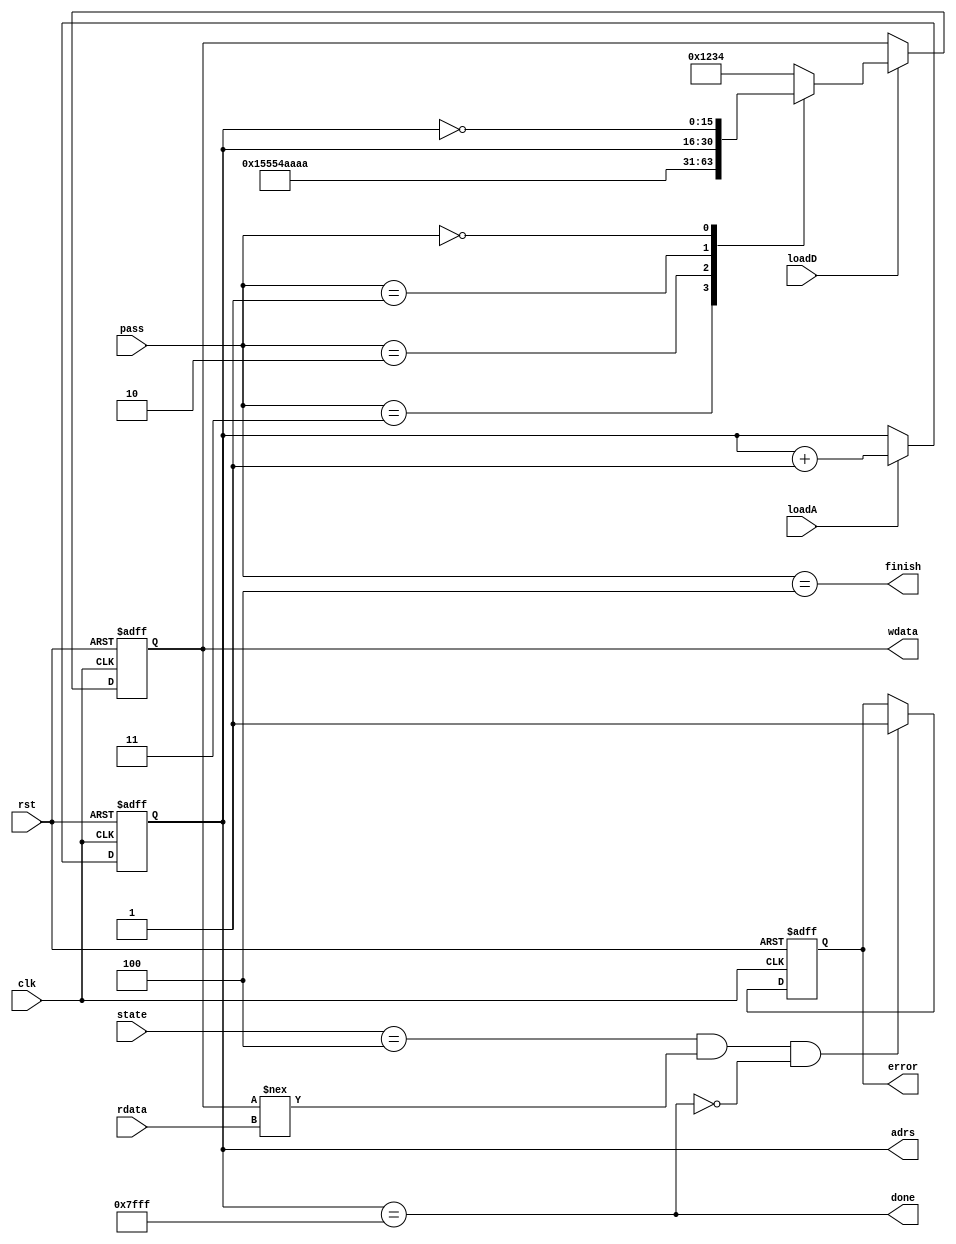
`timescale 1ns / 1ps
//////////////////////////////////////////////////////////////////////////////////
// Company: 
// Engineer: 
// 
// Design Name: 
// Module Name: SuppLogic
// Project Name: 
// Target Devices: 
// Tool Versions: 
// Description: 
// 
// Dependencies: 
// 
// Revision:
// Revision 0.01 - File Created
// Additional Comments:
// 
//////////////////////////////////////////////////////////////////////////////////


module SuppLogic(clk,rst,pass,loadA,loadD,state,wdata,adrs,rdata,finish,done,error);

input clk;
input rst;
input loadA;
input loadD;
input [2:0] pass;
input [15:0] rdata;
input [2:0] state;

output [15:0] wdata;
output [14:0] adrs;
output finish;
output error;
output done;


reg [14:0] adreg;
reg [15:0] dtreg;
reg [15:0] muxdat;
wire [2:0] pass;
wire finish;
wire done;
wire [15:0] wdata;
wire [14:0] adrs;
wire errorD;
reg  error;
wire [2:0] state;


assign finish = pass == 3'b100;
assign done = adreg == 15'h7FFF;
assign adrs = adreg;
assign wdata = dtreg;
assign errorD = (state == 3'b100) & (dtreg!== rdata) & (!done);

//flop
always @ (posedge clk, posedge rst)
    if (rst) adreg <=15'h7FFF;
    else if (loadA) adreg <= adreg + 15'b1;
always @ (posedge clk, posedge rst)
    if (rst) dtreg <= 16'b0;
    else if (loadD) dtreg <=muxdat;
    //data selector
always@(*)
    case(pass)
        3'b011 : muxdat = 16'hAAAA;
        3'b010: muxdat = 16'h5555;
        3'b001: muxdat = {1'b0,adreg};
        3'b000: muxdat= ~adreg;
        default: muxdat = 16'h1234;
    endcase

always @(posedge clk, posedge rst)
    if (rst) error <= 1'b0;
    else if (errorD) error <= 1'b1;
    else error <= error;
endmodule